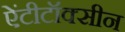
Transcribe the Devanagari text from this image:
ऐंटीटॉक्सीन